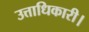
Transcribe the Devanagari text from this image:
उत्ताधिकारी।